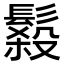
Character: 𩮫